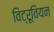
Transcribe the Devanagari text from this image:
विट्रूवियन